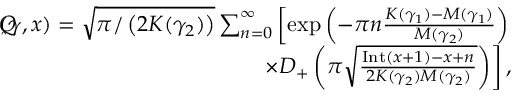
\begin{array} { r } { \lefteqn Q ( \gamma , x ) = \sqrt { \pi / \left( 2 K ( \gamma _ { 2 } ) \right) } \sum _ { n = 0 } ^ { \infty } \left[ \exp \left( - \pi { n } \frac { K ( \gamma _ { 1 } ) - M ( \gamma _ { 1 } ) } { M ( \gamma _ { 2 } ) } \right) \right. } \\ { \left. \times D _ { + } \left( \pi \sqrt { \frac { \mathrm { I n t } ( x + 1 ) - x + n } { 2 K ( \gamma _ { 2 } ) M ( \gamma _ { 2 } ) } } \right) \right] , } \end{array}